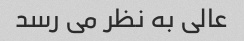
عالی به نظر می رسد